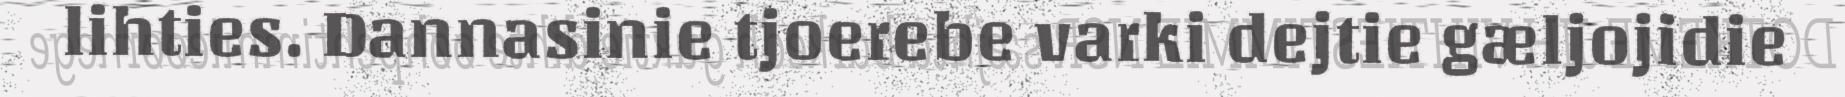
lihties. Dannasinie tjoerebe varki dejtie gæljojidie